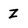
Character: Z